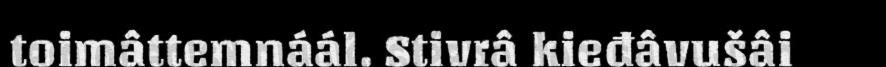
toimâttemnáál. Stivrâ kieđâvušâi